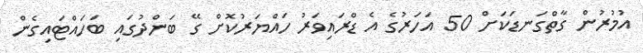
އުމުރުން ގާތްގަނޑަކަށް 50 އަހަރުގެ އެ ޑްރައިވަރު ހައްޔަރުކޮށް ގޭ ބަންދުގައި ބަހައްޓައިގެން